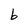
Character: b